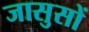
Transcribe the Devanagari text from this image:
जासुसों